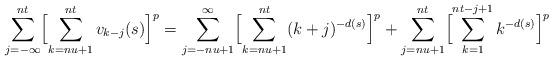
LaTeX: \begin{align*}\sum_{j=-\infty}^{nt}\Bigl[\sum_{k=nu+1}^{nt}v_{k-j}(s)\Bigr]^p=\sum_{j=-nu+1}^\infty\Bigl[\sum_{k=nu+1}^{nt}(k+j)^{-d(s)}\Bigr]^p+\sum_{j=nu+1}^{nt}\Bigl[\sum_{k=1}^{nt-j+1}k^{-d(s)}\Bigr]^p\end{align*}